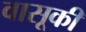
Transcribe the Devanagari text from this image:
वासूकी